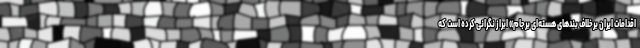
اقدامات ایران برخلاف بندهای هسته‌ای برجام» ابراز نگرانی کرده است که